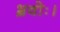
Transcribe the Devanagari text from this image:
भ्रवोः।